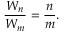
{ \frac { W _ { n } } { W _ { m } } } = { \frac { n } { m } } .